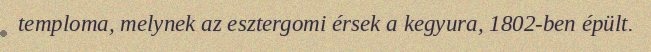
temploma, melynek az esztergomi érsek a kegyura, 1802-ben épült.